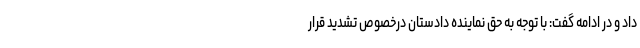
داد و در ادامه گفت: با توجه به حق نماینده دادستان درخصوص تشدید قرار